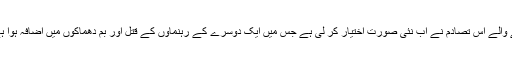
رپورٹ میں کہا گیا ہے کہ شیعہ اور سنیوں درمیان ہونے والے اس تصادم نے اب نئی صورت اختیار کر لی ہے جس میں ایک دوسرے کے رہنماوں کے قتل اور بم دھماکوں میں اضافہ ہوا ہے اور شیعہ برادری کے خلاف نفرت میں اضافہ ہوا ہے۔